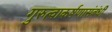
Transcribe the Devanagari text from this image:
गुरुत्वाकर्षणासंबंधी